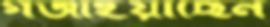
গর্জাইয়াছেন